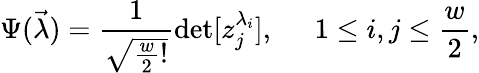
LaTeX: \Psi(\vec{\lambda})=\frac{1}{\sqrt{\frac{w}{2}!}}\operatorname*{det}[z_{j}^{\lambda_{i}}],\; \; \; \; \; 1\leq i,j\leq\frac{w}{2},